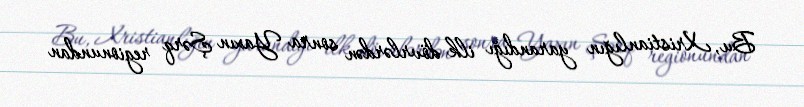
Bu, Xristianlığın yarandığı ilk dövrlərdən sonra Yaxın Şərq regionundan